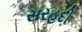
સરહદી